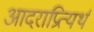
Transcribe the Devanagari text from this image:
आदराप्रित्यर्थ